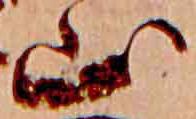
山